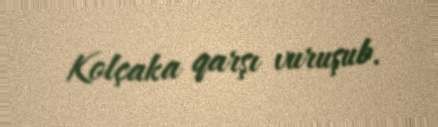
Kolçaka qarşı vuruşub.